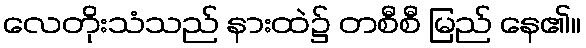
လေတိုးသံသည် နားထဲ၌ တစီစီ မြည် နေ၏။